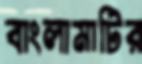
বাংলামাটির